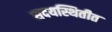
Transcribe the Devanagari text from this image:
सदयस्थितीत